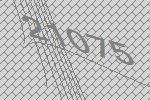
21075